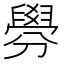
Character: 𦦑